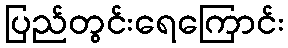
ပြည်တွင်းရေကြောင်း